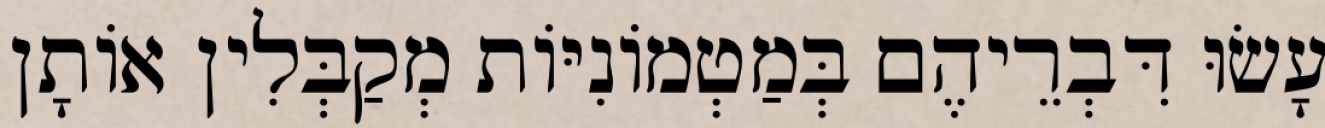
עָשׂוּ דִּבְרֵיהֶם בְּמַטְמוֹנִיּוֹת מְקַבְּלִין אוֹתָן